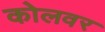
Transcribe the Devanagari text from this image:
कोलवर